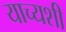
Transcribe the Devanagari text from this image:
याच्यशी